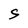
Character: S